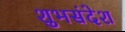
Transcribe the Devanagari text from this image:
शुभसंदेश